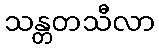
သန္တတသီလာ